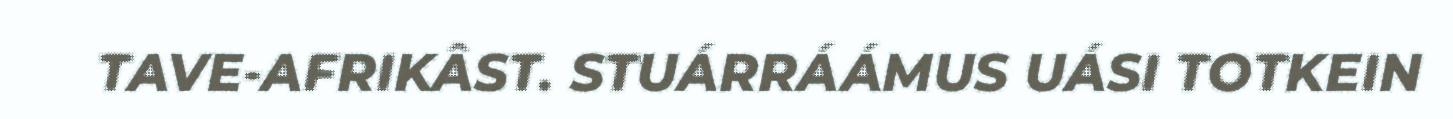
TAVE-AFRIKÂST. STUÁRRÁÁMUS UÁSI TOTKEIN